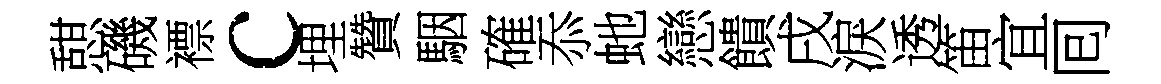
憇磯褾c埋贊駰確忝虵戀饋戌淚透笛宜囘